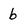
Character: b